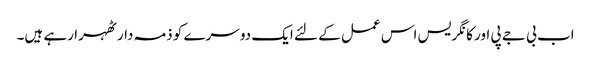
اب بی جے پی اور کانگریس اس عمل کے لئے ایک دوسرے کو ذمہ دار ٹھہرا رہے ہیں۔